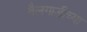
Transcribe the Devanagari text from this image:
बैलगाडीच्या